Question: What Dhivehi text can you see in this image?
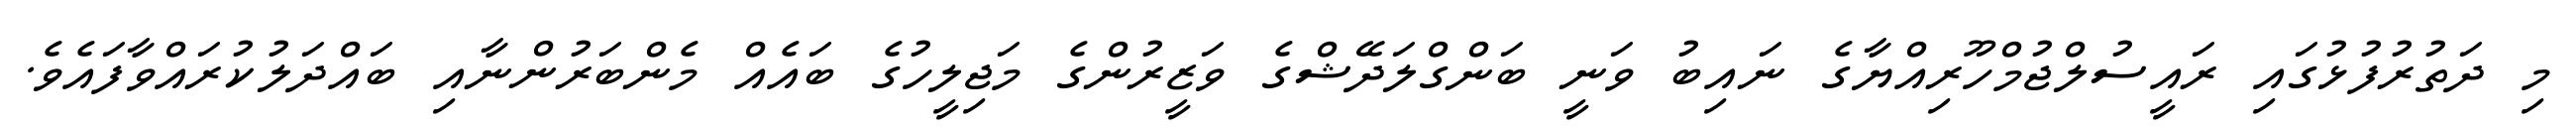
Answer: މި ދަތުރުފުޅުގައި ރައީސުލްޖުމްހޫރިއްޔާގެ ނައިބު ވަނީ ބަންގްލަދޭޝްގެ ވަޒީރުންގެ މަޖިލީހުގެ ބައެއް މެންބަރުންނާއި ބައްދަލުކުރައްވާފައެވެ.